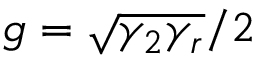
g = \sqrt { \gamma _ { 2 } \gamma _ { r } } / 2